Annual administration and progress report of the Indian Medical Department, Bombay
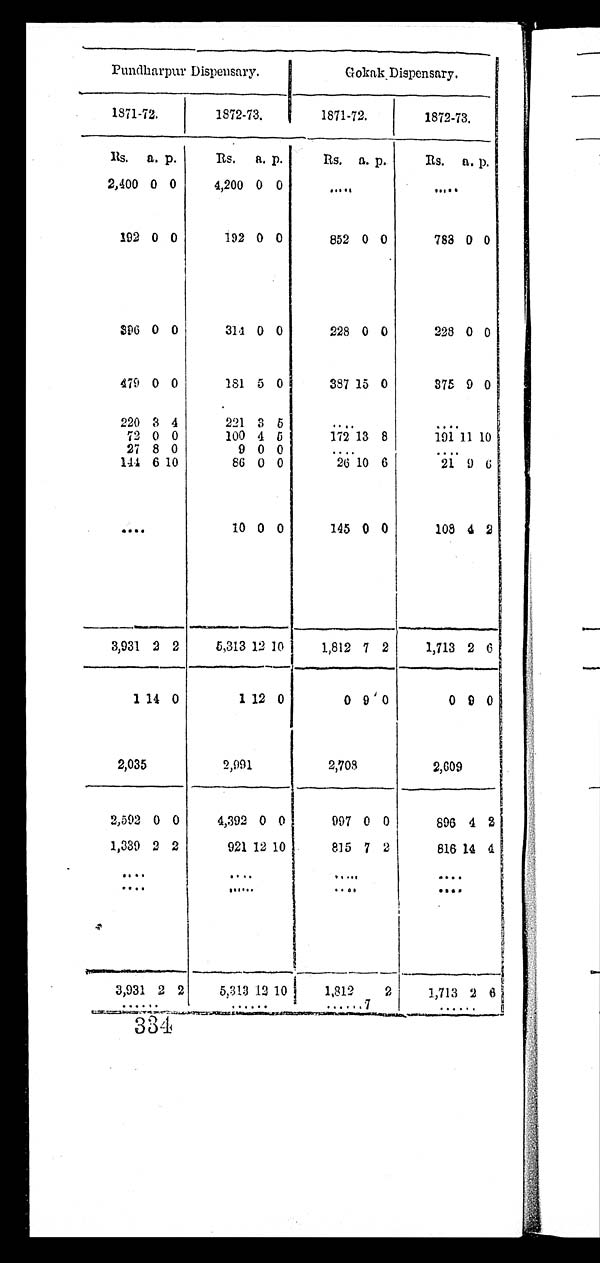
Pundharpur Dispensary.
Gokak Dispensary.
1871-72.
1872-73.
1871-72.
1872-73.
Rs.
a. p.
Rs.
a. p.
Rs. a. p.
Rs. a. p.
2,400 0 0
4,200 0 0
. . .
. . .
192 0 0
192 0 0
852 0 0
783 0 0
3 9 6 0 0
314 0 0
228 0 0
228 0 0
479 0 0
181 5 0
387 15 0
375 9 0
220 3 4
221 3
5 . . .
. . .
72 0 0
100 4 5
172 13 8
191
1 1 10
27 8 0
9 0 0 . . .
. . .
144 6 10
86 0 0
26 10 6
21 9 6
. . .
10 0 0
145 0 0
108 4 2
3,931 2 2
5,313 12 10
1,812 7 2
1,713 2 6
1
1 4 0
1
1 2 0
0 9 0
0 9 0
2,035
2,991
2 , 7 0 8
2,609
2,592 0 0
4,392 0 0
997 0 0
896 4 2
1,339 2 2
921 12 10
815 7 2
816 14 4
. . .. . .
. . .
. . .
. . .
. . .
. . .
. . .
3,931 2 2
5,313 12
1 0
1,812
2
1,713 2 6
. . .
. . .
. . . 7
. . .
334